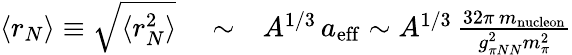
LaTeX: \begin{array}{rlr}{\langle r_{N}\rangle\equiv\sqrt{\langle r_{N}^{2}\rangle}}&{{}\sim}&{A^{1/3}\, a_{\mathrm{eff}}\sim A^{1/3}\, \frac{32\pi\, m_{\mathrm{nucleon}}}{g_{\pi NN}^{2}m_{\pi}^{2}}}\end{array}